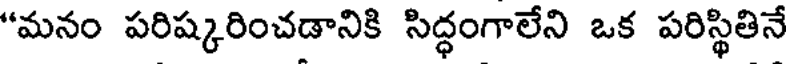
"మనం పరిష్కరించడానికి సిద్ధంగాలేని ఒక పరిస్థితినే